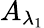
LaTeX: A_{\lambda_{1}}